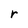
Character: r